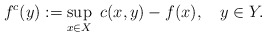
\begin{align*}f^c(y):=\sup_{x\in X}\ c(x,y)-f(x),\ \ \ y\in Y.\end{align*}